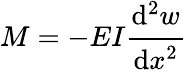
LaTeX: M=-EI{\cfrac{\mathrm{d}^{2}w}{\mathrm{d}x^{2}}}